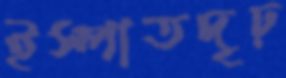
ইস্পাতদৃঢ়